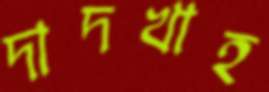
দাদখাহ